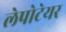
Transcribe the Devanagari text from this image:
लेपोटेयर